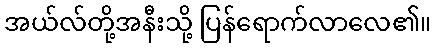
အယ်လ်တို့အနီးသို့ ပြန်ရောက်လာလေ၏။